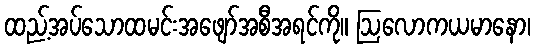
ထည့်အပ်သောထမင်းအဖျော်အစီအရင်ကို။ ဩလောကယမာနော၊